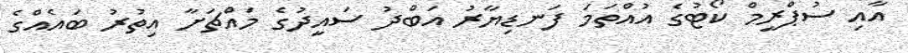
އާއި ސުޕްރީމް ކޯޓުގެ އުއްތަމަ ފަނޑިޔާރު އަބްދު ސައީދުގެ މައްޗަށާ އިތުރު ބައެއްގެ